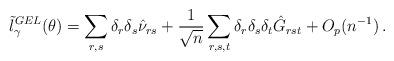
LaTeX: \begin{align*}\tilde{l}^{GEL}_{\gamma}(\theta) = \sum_{r,s} \delta_r \delta_s \hat{\nu}_{rs} + \frac{1}{\sqrt{n}}\sum_{r,s,t} \delta_r \delta_s \delta_t \hat{G}_{rst} + O_p(n^{-1}) \,.\end{align*}